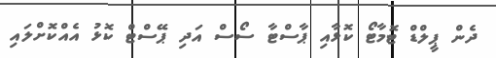
ދެން ޕީލްޑް ޓޮމާޓޯ ކޮޅާއި ޕާސްޓާ ސޯސް އަދި ޕޭސްޓް ކޮޅު އެއްކޮށްލައި